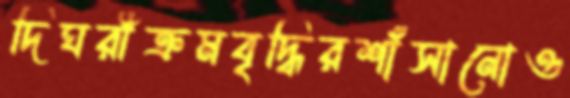
দিঘরীক্রমবৃদ্ধিরশাঁসানোও